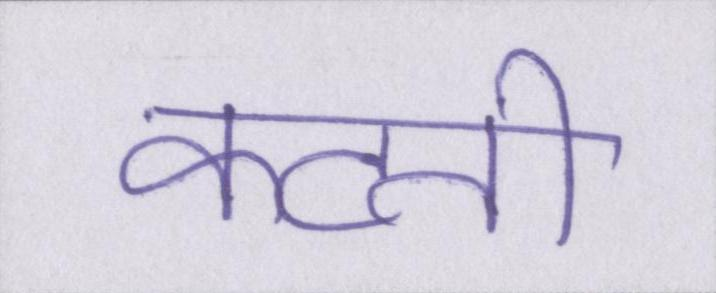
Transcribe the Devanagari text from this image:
कटती